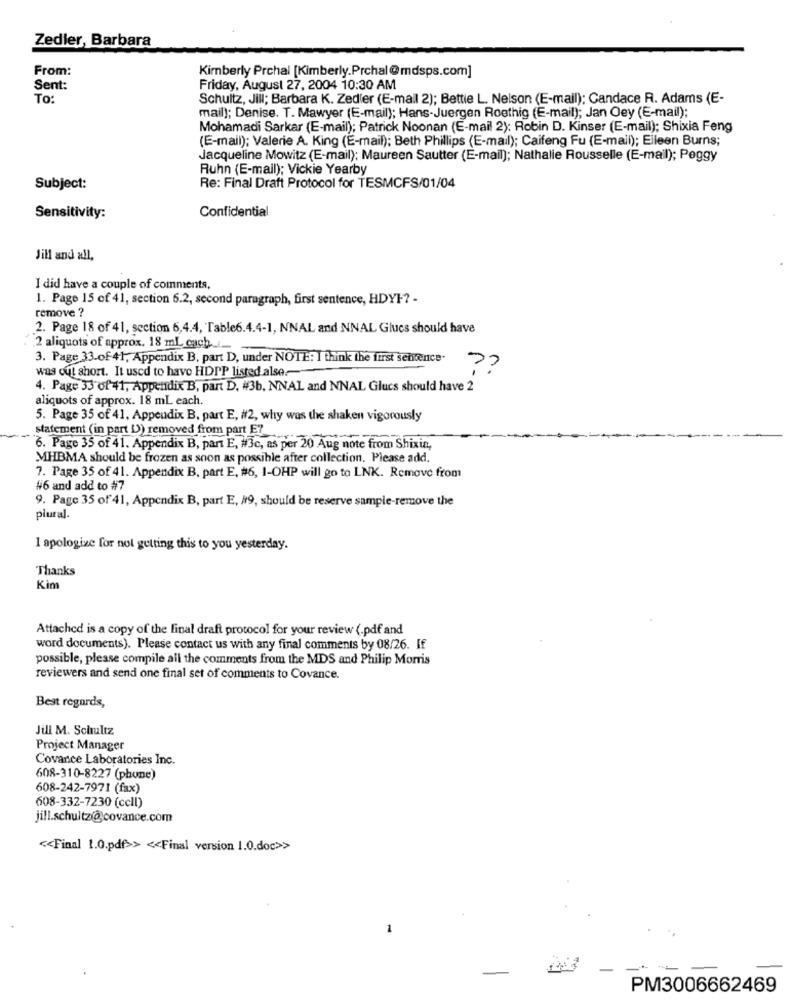
Zedler, Barbara
From:
Kimberly Prchal [Kimberly.Prchal@mdsps.com]
Sent:
Friday, August 27, 2004 10:30 AM
To:
Schultz, Jill; Barbara K. Zedler (E-mail 2); Bettie L. Nelson (E-mail): Candace R. Adams (E-
mail); Denise. T. Mawyer (E-mail); Hans-Juergen Roethig (E-mail); Jan Oey (E-mail);
Mohamadi Sarkar (E-mail); Patrick Noonan (E-mail 2): Robin D. Kinser (E-mail); Shixia Feng
(E-mail); Valerie A. King (E-mail); Beth Phillips (E-mail); Caifeng Fu (E-mail); Elleen Burns;
Jacqueline Mowitz (E-mail); Maureen Sautter (E-mail); Nathalie Rousselle (E-mail); Peggy
Ruhn (E-mail); Vickie Yearby
Subject:
Re: Final Draft Protocol for TESMCFS/01/04
Confidential
Sensitivity:
Jill and all,
I did have a couple of comments,
1. Page 15 cf 41, section 6.2, second paragraph, first sentence, HDYI -? -
remove ?
2. Page 18 of 41, section 6,4.4, Table6.4.4-1, NNAL and NNAL Glucs should have
2 aliquots of approx. 18 ml cach .__
3. Page 33.of-41, Appendix B, part D, under NOTE: I think the first sentence-
was oul short. It used to have HDPP listed alse .--
??
4. Page 33 of41, Appendix B, part D. #3b. NNAL and NNAL Glucs should have 2
aliquots of approx. 18 mL each.
5. Page 35 of 41, Appendix B, part E, #2, why was the shaken vigorously
statement (in part [)) removed from part El
6. Page 35 of 41. Appendix B, pant E, #3c, as per 2
Ter 20 Aug note from Shixia,
MHBMA should be frozen as soon as possible after collection. Please add.
7. Page 35 of 41. Appendix B. part E, #6, 1-OHP will go to LNK. Remove from
#6 and add to #7
9. Page 35 of 41, Appendix B, part E, #9, should be reserve sample-remove the
plural.
I apologize for not getting this to you yesterday.
Thanks
Kim
Attached is a copy of the final draft protocol for your review (.pdf and
word documents). Please contact us with any final comments by 08/26. If
possible, please compile all the comments from the MDS and Philip Morris
reviewers and send one final set of comments to Covance.
Best regards,
Jill M. Schultz
Project Manager
Covance Laboratories Inc.
608-310-8227 (phone)
608-242-7971 (fax)
608-332-7230 (ccll)
jill.schultz@covance.com
<< Final 1.0.pdf>> << Final version 1.0.doc>>
-
-
PM3006662469